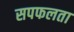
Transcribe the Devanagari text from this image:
सपफलता